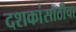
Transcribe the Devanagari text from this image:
दशकांसाठीचा